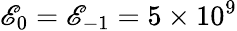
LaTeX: \mathscr{E}_{0}=\mathscr{E}_{-1}=5\times10^{9}